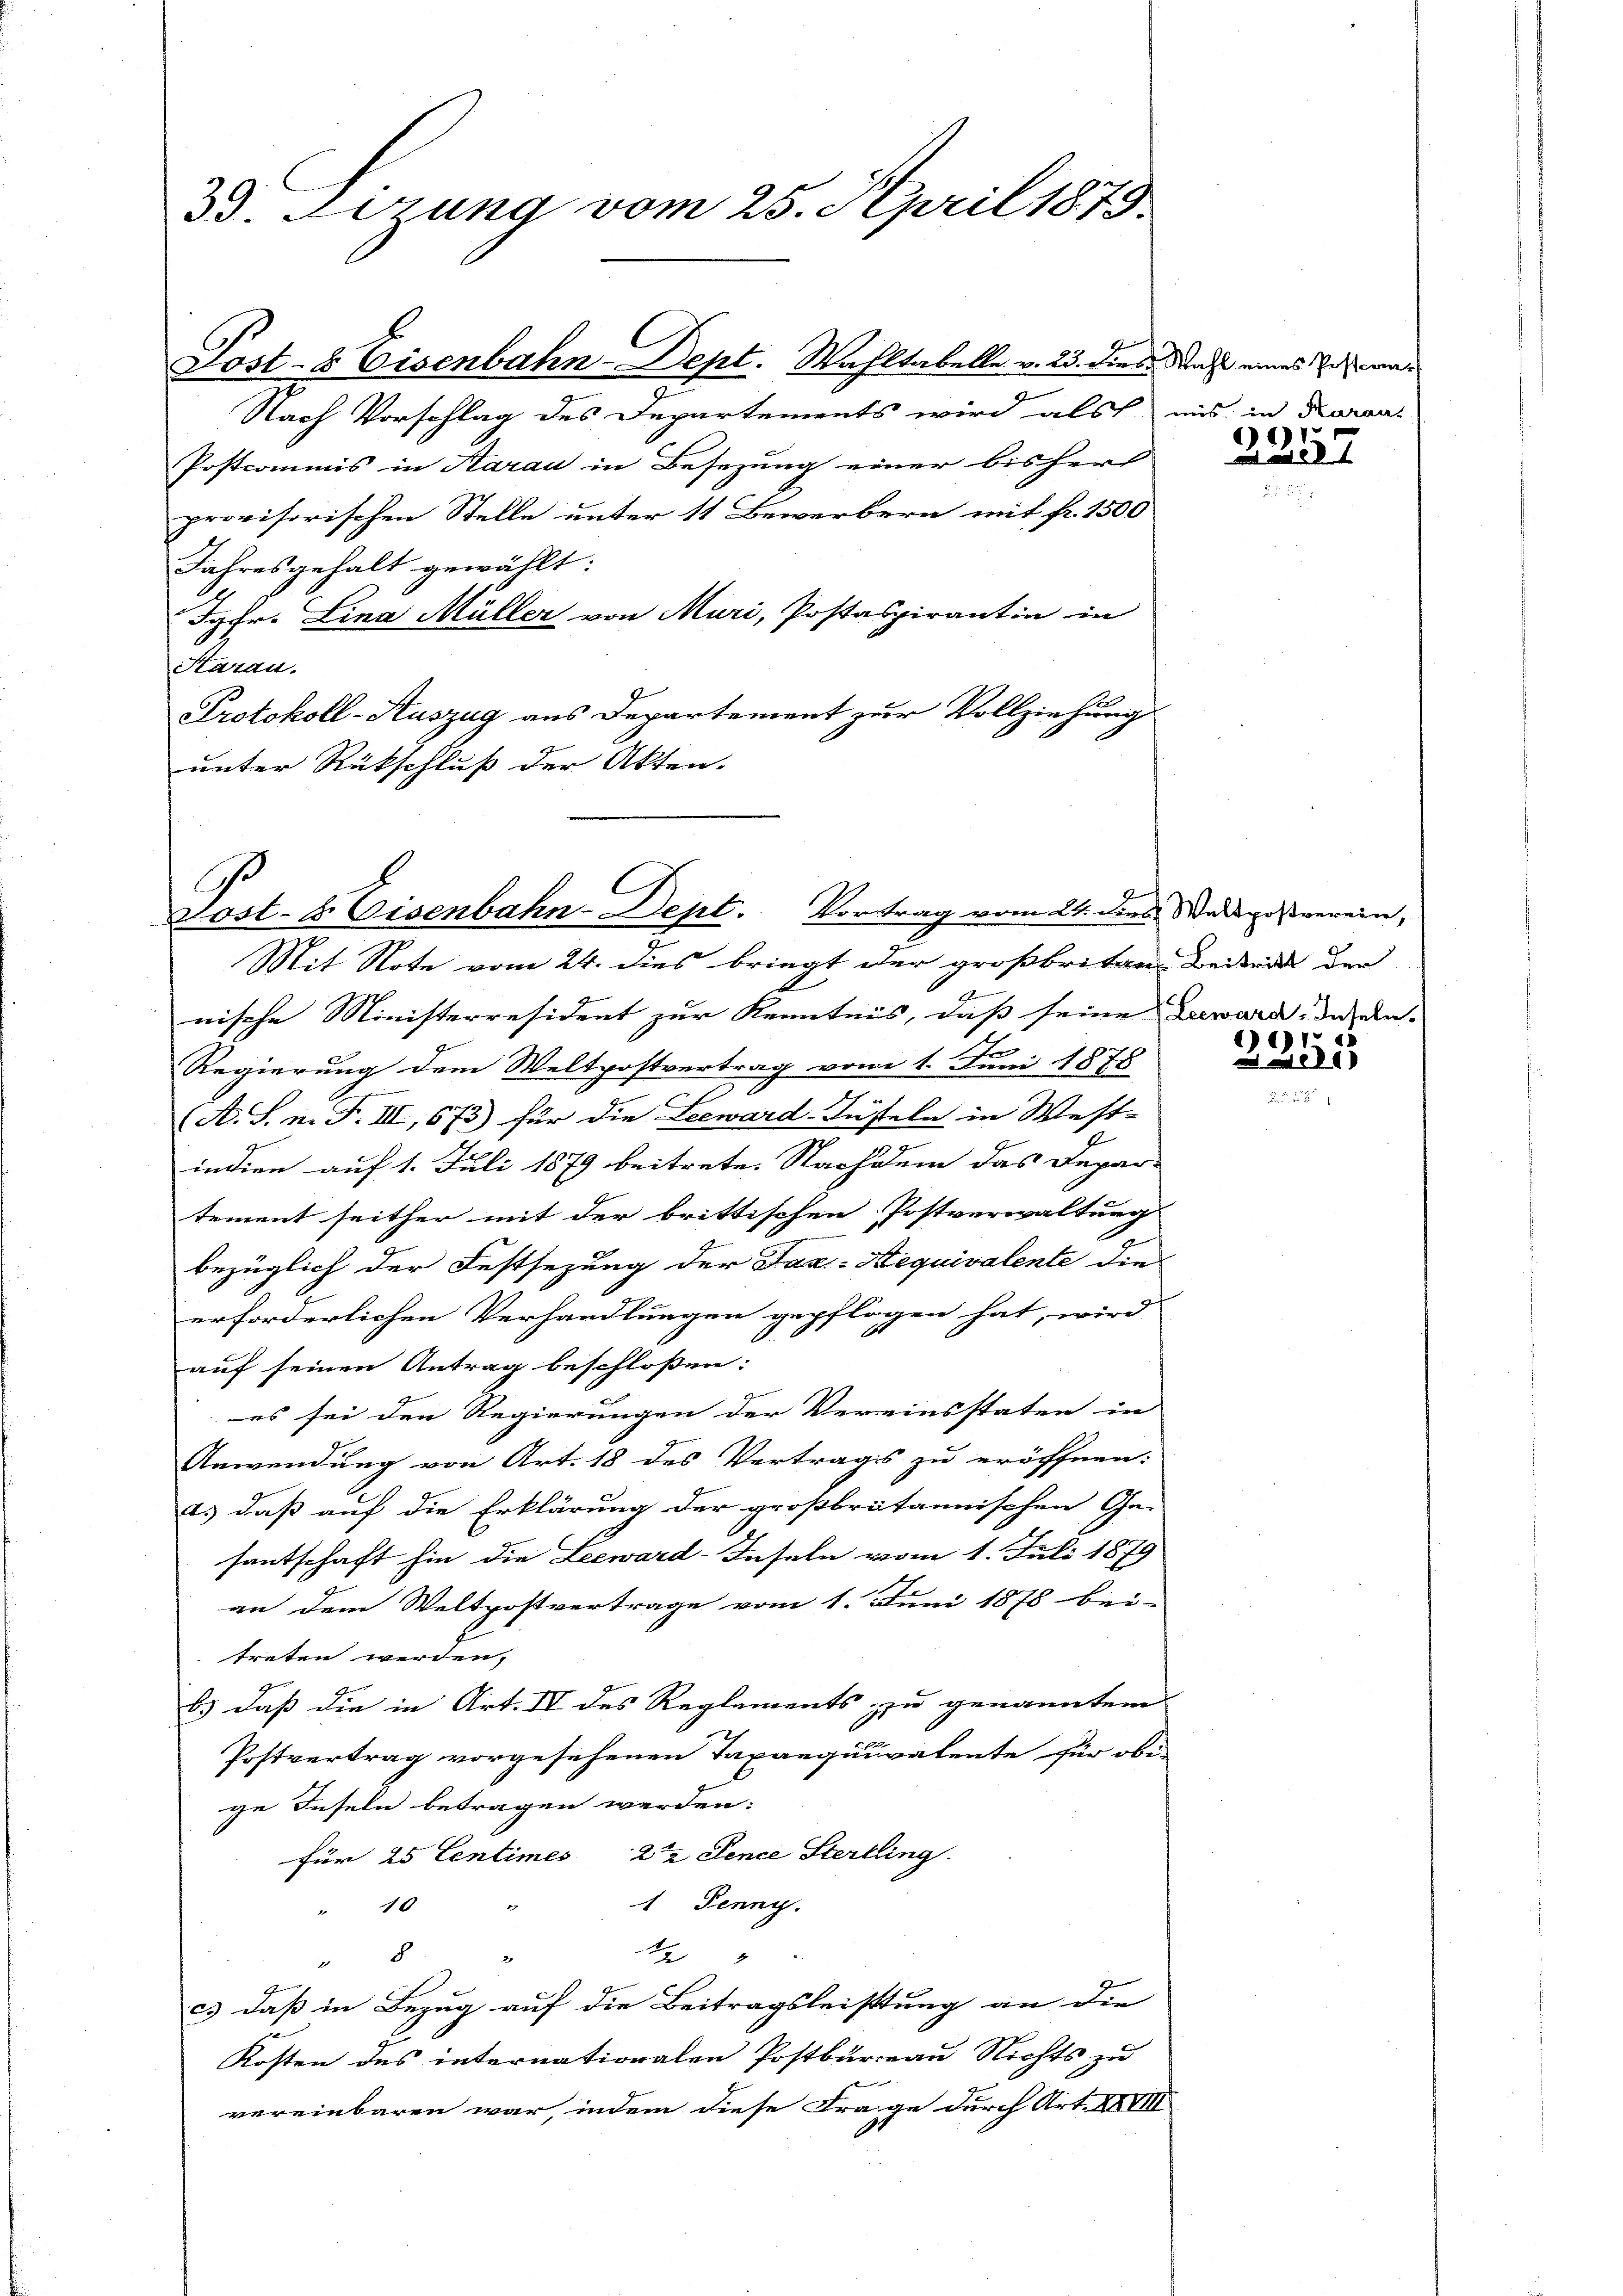
33. erung vom 25. April 1879.

Nach Vorschlag des Departements wird als
Postcommis in Aarau in Besezung einer bisherr
provisorischen Stelle unter 11 Bewerbern mit fr. 1500
Jahresgehalt gewählt:
Jgfr. Lina Müller von Muri, Postaspirantin in
Haran.
Se
Protokoll-Auszug aus Departement zur Vollziehung
unter Rückschluß der Akten.

Post- & Eisenbahn-Dept. Wahltabelle v. 23. die Nacht eines Instra¬

Ge
Kost- & Eisenbahn-Dept. Vortrag vom 24. dies Waispostverein,

Mit Note vom 24. dies bringt der großbritgen Beidruk der
E
nische Ministerresident zur Kenntnis, daß seine Zuward, das ein¬
Regierung dem Weltpostvertrag vom 1. Juni 1878
A. S. n. F. III, 673) für die Leeward-Jüsteln in West-
indien auf 1. Juli 1879 beitrete. Nachdem das Depar-
tement seither mit der brittischen Postverwaltung
bezüglich der Festsezung der Jaa-Nequivalente die
erforderlichen Verhandlungen gepflogen hat, wird
auf seinen Antrag beschlossen:
es sei den Regierungen der Vereinsstaten in
Anwendung von Art. 18 des Vertrags zu eröffnen:
a.) daß auf die Erklärung der großbritannischen Ge-
santschaft hin die Leeward-Inseln vom 1. Juli 1879
an dem Weltpostvertrage vom 1. Juni 1878 bei-
treten werden,
b.) daß die in Art. IV des Reglements zu genannten
Postvertrag vorgesehenen Taxanquivalente für obige Inseln betragen werden:
für 25 Centimes 22 Sence Sterbling.
1 Jenny.
" 10
A
2

c.) daß in Bezug auf die Beitragsleistung an die
Kosten des internationalen Postbureau Nichts zu
vereinbaren war, indem diese Frage durch Art. XVIII

mis, in Karaa

1
I

616.